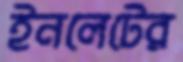
ইনলেটের